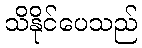
သိနိုင်ပေသည်